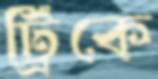
ট্রিকে